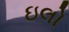
ઇલો